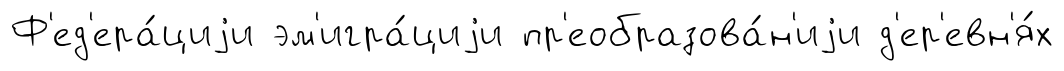
Ф'ед'ера́циjи эм'игра́циjи пр'еобразова́н'иjи д'ер'евн'я́х